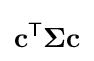
\mathbf {c} ^{\mathsf {T}}{\boldsymbol {\Sigma }}\mathbf {c}